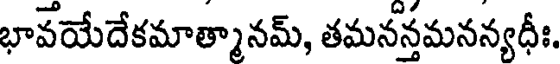
భావయేదేకమాత్మానమ్, తమనన్తమనన్యధీః,